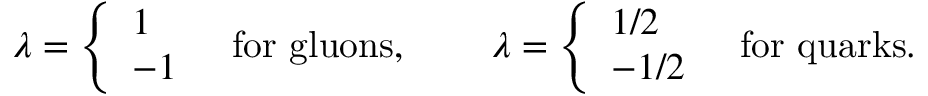
\lambda = \left\{ \begin{array} { l } { { 1 } } \\ { { - 1 } } \end{array} \right. ~ ~ \mathrm { f o r ~ g l u o n s , } ~ ~ ~ ~ ~ ~ ~ \lambda = \left\{ \begin{array} { l } { { 1 / 2 } } \\ { { - 1 / 2 } } \end{array} \right. ~ ~ \mathrm { f o r ~ q u a r k s . }